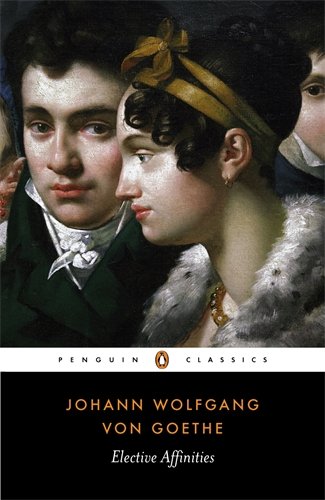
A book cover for Elective Affinities (Penguin Classics); Johann Wolfgang Von Goethe; Politics & Social Sciences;